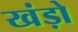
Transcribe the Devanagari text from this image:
खंड़ो